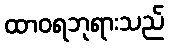
ထာဝရဘုရားသည်